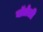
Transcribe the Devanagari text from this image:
बॉलेली